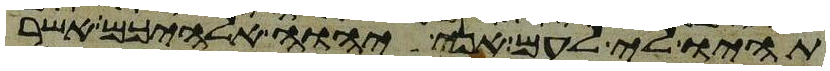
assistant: תהיו לי לעם אני יהוה אלהיכם אשר